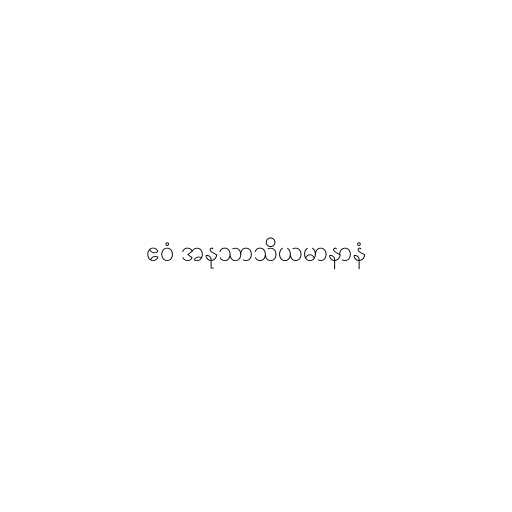
ဧဝံ အနုသာသိယမာနာနံ